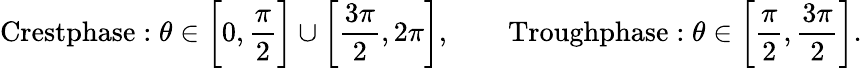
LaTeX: \textnormal{Crestphase}:\theta\in\bigg[0,\frac{\pi}{2}\bigg]\cup\bigg[\frac{3\pi}{2},2\pi\bigg],\qquad\textnormal{Troughphase}:\theta\in\bigg[\frac{\pi}{2},\frac{3\pi}{2}\bigg].